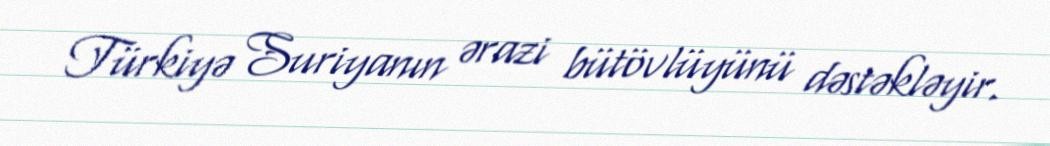
Türkiyə Suriyanın ərazi bütövlüyünü dəstəkləyir.